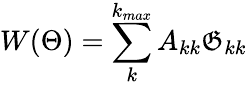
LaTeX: W(\Theta)=\sum_{k}^{k_{max}}A_{kk}\mathfrak{G}_{kk}